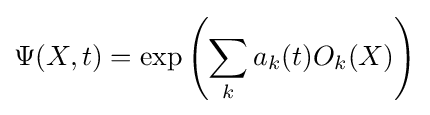
\Psi (X,t)=\exp \left(\sum _{k}a_{k}(t)O_{k}(X)\right)